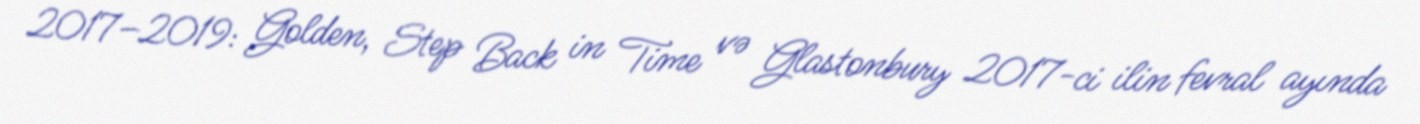
2017–2019: Golden, Step Back in Time və Glastonbury 2017-ci ilin fevral ayında